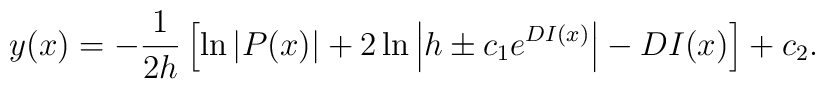
y(x)=-\frac{1}{2h} \left[ \ln{\left| P(x) \right| }+2\ln{\left| h\pm c_1 e^{D I(x)} \right| }- D I(x) \right] + c_2.